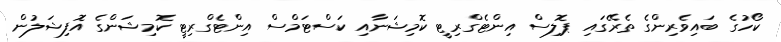
ކޯހުގެ ބައިވެރިންގެ ތެރޭގައި ޕޮލިސް އިންޓެގްރިޓީ ކޮމިޝަނާއި ކަސްޓަމްސް އިންޓެގްރިޓީ ކޮމިޝަންގެ އޮފިޝަލުން